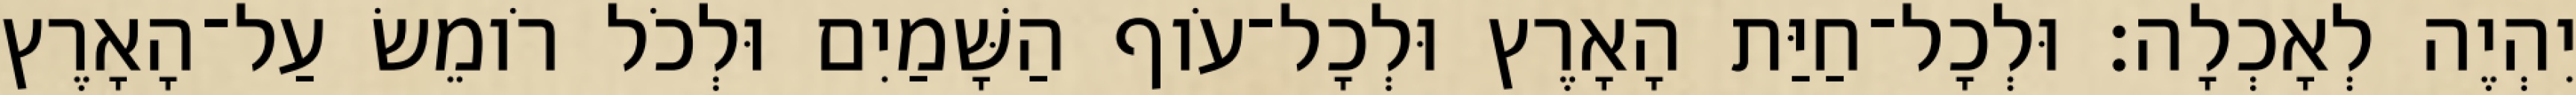
יִהְיֶה לְאָכְלָה׃ וּלְכָל־חַיַּת הָאָרֶץ וּלְכָל־עֹוף הַשָּׁמַיִם וּלְכֹל רֹומֵשׂ עַל־הָאָרֶץ